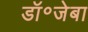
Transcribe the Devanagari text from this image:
डॉ॰जेबा